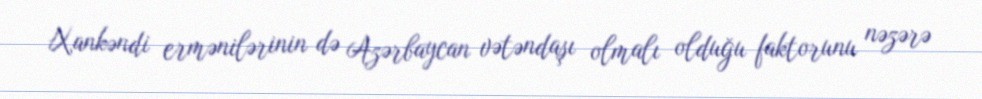
Xankəndi ermənilərinin də Azərbaycan vətəndaşı olmalı olduğu faktorunu nəzərə